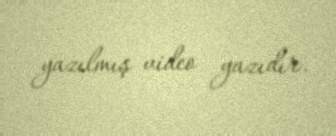
yazılmış video yazıdır.